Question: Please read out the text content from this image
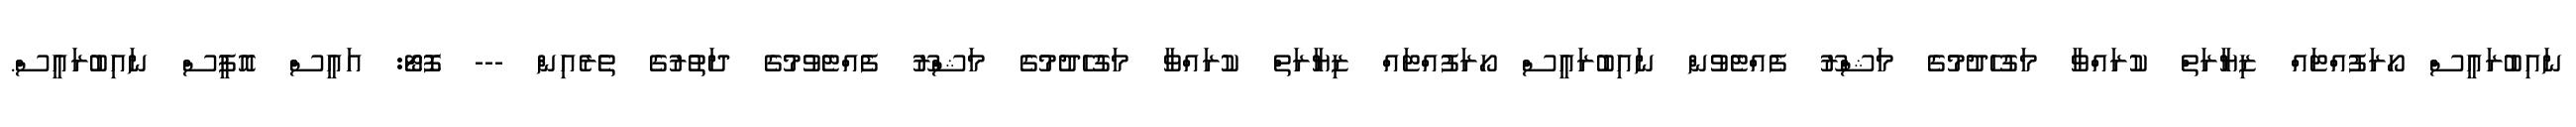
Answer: ނައިބުރައީސް ހޯރަފުއްޓައް ޒިޔާރަތް ކުރައްވާ މަގުހެދުމުގެ މަޝްރޫ ފެއްޓެވުން ނައިބުރައީސް ހޯރަފުއްޓައް ޒިޔާރަތް ކުރައްވާ މަގުހެދުމުގެ މަޝްރޫ ފެއްޓެވުމުގެ ދަތުރުގެ ތެރެއިން --- ފޮޓޯ: އައީސް އޮފީސް ނައިބުރައީސް.